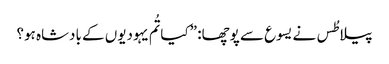
‏ پیلاطُس نے یسوع سے پوچھا:‏ ”‏کیا تُم یہودیوں کے بادشاہ ہو؟